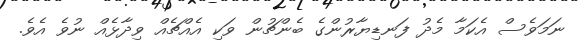
ނަމަވެސް އެކަމާ މެދު ފަނޑިޔާރުންގެ ބެންޗުން ވަކި އެއްޗެއް ވިދާޅެއް ނުވެ އެވެ.